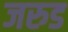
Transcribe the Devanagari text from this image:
जरुड